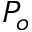
P _ { o }